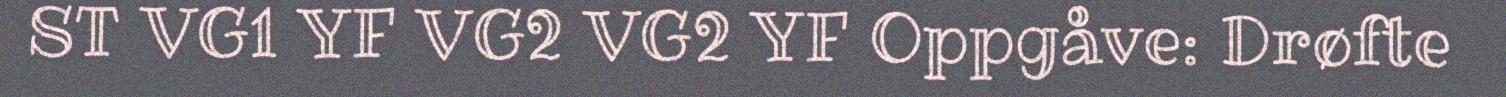
ST VG1 YF VG2 VG2 YF Oppgåve: Drøfte